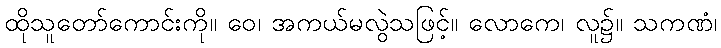
ထိုသူတော်ကောင်းကို။ ဝေ၊ အကယ်မလွဲသဖြင့်။ လောကေ၊ လူ၌။ သကဏံ၊